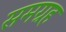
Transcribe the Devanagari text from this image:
समग्रह